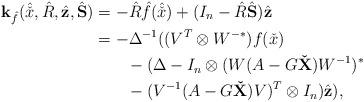
LaTeX: \begin{align*}\mathbf{k}_{\hat{f}}(\hat{\check{x}},\hat{R},\hat{\mathbf{z}},\hat{\mathbf{S}})&=-\hat{R}\hat{f}(\hat{\check{x}})+(I_n-\hat{R}\hat{\mathbf{S}})\hat{\mathbf{z}}\\&=-\Delta^{-1} ((V^T\otimes W^{-*})f(\check{x})\\&\qquad-(\Delta-I_n\otimes (W({A}-G\mathbf{\check{X}}) W^{-1})^*\\& \qquad-(V^{-1}(A-G\mathbf{\check{X}}) V)^T\otimes I_n) \hat{\mathbf{z}}),\end{align*}